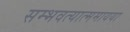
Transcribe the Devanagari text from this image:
सम्भवत्यात्ममायया